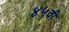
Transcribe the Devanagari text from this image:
४५वी